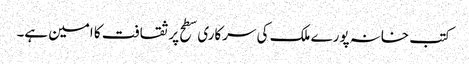
کتب خانہ پورے ملک کی سرکاری سطح پر ثقافت کا امین ہے۔